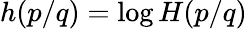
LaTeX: h(p/q)=\log H(p/q)